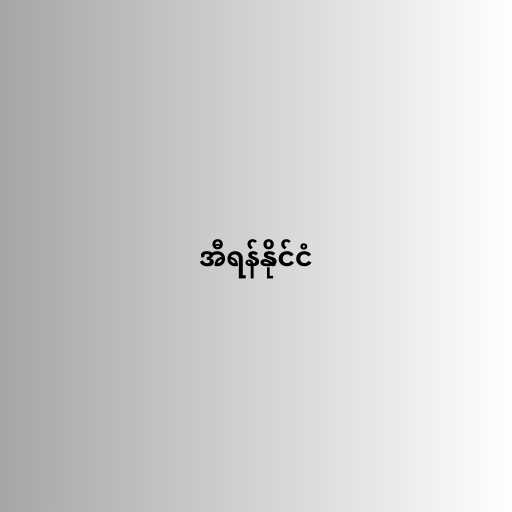
အီရန်နိုင်ငံ